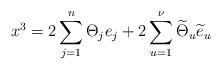
LaTeX: \begin{align*}x^{3}=2\sum_{j=1}^{n}\Theta_{j}e_{j}+2\sum_{u=1}^{\nu}\widetilde{\Theta}_{u}\widetilde{e}_{u}\end{align*}